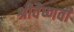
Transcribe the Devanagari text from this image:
श्रीवैष्णवी